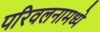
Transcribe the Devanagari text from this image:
परिवलनामध्ये